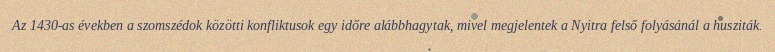
Az 1430-as években a szomszédok közötti konfliktusok egy időre alábbhagytak, mivel megjelentek a Nyitra felső folyásánál a husziták.